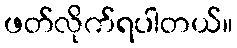
ဖတ်လိုက်ရပါတယ်။